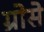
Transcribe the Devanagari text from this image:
ग्रोसे